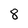
Character: 8